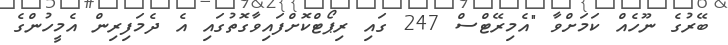
ބޭރުގެ ނޫހެއް ކަމަށްވާ "އެމިރޭޓްސް 247 ގައި ރިޕޯޓްކޮށްފައިވާގޮތުގައި އެ ދެމަފިރިން އެމީހުންގެ